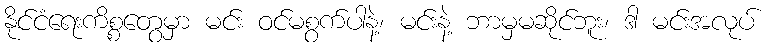
နိုင်ငံရေးကိစ္စတွေမှာ မင်း ဝင်မစွက်ပါနဲ့၊ မင်းနဲ့ ဘာမှမဆိုင်ဘူး၊ ဒါ မင်းအလုပ်